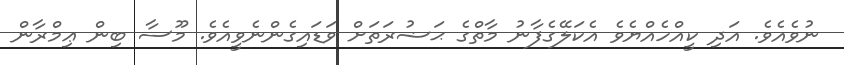
ނުވެއެވެ. އަދި ކީއްހެއްޔެވެ އެކަލޭގެފާނު މާތްގެ ޙަޟުރަތަށް ވަޑައިގެންނެވީއެވެ. މޫސާ ބިން ޢިމްރާން